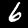
Digit: 6